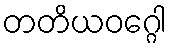
တတိယဝဂ္ဂေါ